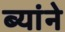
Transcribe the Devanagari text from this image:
ब्यांने